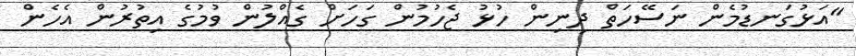
"އަޅުގަނޑުމެން ނަސޭހަތް ދިނިން ހުޅު ޖެހުމުން ގަހަށް ގެއްލުން ވުމުގެ އިތުރުން އެހެން